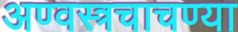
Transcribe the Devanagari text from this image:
अण्वस्त्रचाचण्या